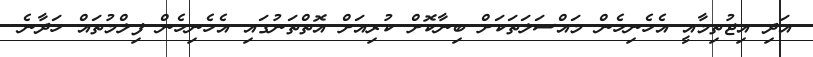
އަދި އިޖުތިމާއީ އެހެނިހެން މައްސަލަތަކަށް ބިނާކޮށް ކުރިއަށް އޮތްތަނުގައި އެހެނިހެން ފިލްމުތައް ހަދާނެ